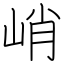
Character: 峭